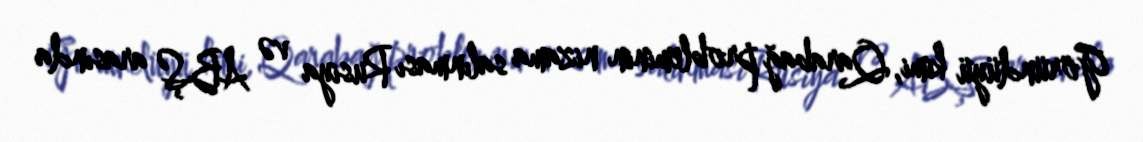
Göründüyü kimi, Qarabağ probleminin nizama salınması Rusiya və ABŞ arasında